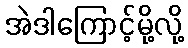
အဲဒါကြောင့်မို့လို့